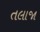
તલાજા